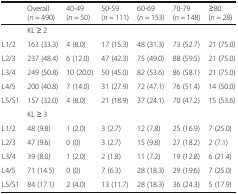
<table><thead><tr><td></td><td><b>Overall(<i>n</i> = 490)</b></td><td><b>40-49(<i>n</i> = 50)</b></td><td><b>50-59(<i>n</i> = 111)</b></td><td><b>60-69(<i>n</i> = 153)</b></td><td><b>70-79(<i>n</i> = 148)</b></td><td><b>≥80(<i>n</i> = 28)</b></td></tr></thead><tbody><tr><td></td><td colspan="6">KL ≥ 2</td></tr><tr><td>L1/2</td><td>163 (33.3)</td><td>4 (8.0)</td><td>17 (15.3)</td><td>48 (31.3)</td><td>73 (52.7)</td><td>21 (75.0)</td></tr><tr><td>L2/3</td><td>237 (48.4)</td><td>6 (12.0)</td><td>47 (42.3)</td><td>75 (49.0)</td><td>88 (59.5)</td><td>21 (75.0)</td></tr><tr><td>L3/4</td><td>249 (50.8)</td><td>10 (20.0)</td><td>50 (45.0)</td><td>82 (53.6)</td><td>86 (58.1)</td><td>21 (75.0)</td></tr><tr><td>L4/5</td><td>200 (40.8)</td><td>7 (14.0)</td><td>31 (27.9)</td><td>72 (47.1)</td><td>76 (51.4)</td><td>14 (50.0)</td></tr><tr><td>L5/S1</td><td>157 (32.0)</td><td>4 (8.0)</td><td>21 (18.9)</td><td>37 (24.1)</td><td>70 (47.2)</td><td>15 (53.6)</td></tr><tr><td></td><td colspan="6">KL ≥ 3</td></tr><tr><td>L1/2</td><td>48 (9.8)</td><td>1 (2.0)</td><td>3 (2.7)</td><td>12 (7.8)</td><td>25 (16.9)</td><td>7 (25.0)</td></tr><tr><td>L2/3</td><td>47 (9.6)</td><td>0 (0)</td><td>3 (2.7)</td><td>15 (9.8)</td><td>27 (18.2)</td><td>2 (7.1)</td></tr><tr><td>L3/4</td><td>39 (8.0)</td><td>1 (2.0)</td><td>2 (1.8)</td><td>11 (7.2)</td><td>19 (12.8)</td><td>6 (21.4)</td></tr><tr><td>L4/5</td><td>71 (14.5)</td><td>0 (0)</td><td>7 (6.3)</td><td>28 (18.3)</td><td>29 (19.6)</td><td>7 (25.0)</td></tr><tr><td>L5/S1</td><td>84 (17.1)</td><td>2 (4.0)</td><td>13 (11.7)</td><td>28 (18.3)</td><td>36 (24.3)</td><td>5 (17.9)</td></tr></tbody></table>